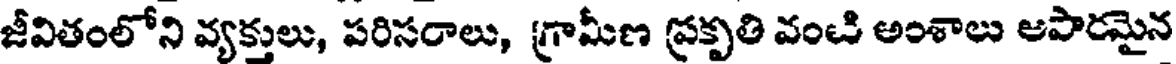
జీవితంలోని వ్యక్తులు, పరిసరాలు, గ్రామీణ ప్రకృతి వంచి అంశాలు అపారమైన